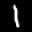
Label: 1